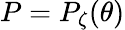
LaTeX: P=P_{\zeta}(\theta)